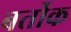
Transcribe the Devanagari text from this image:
बर्तोक